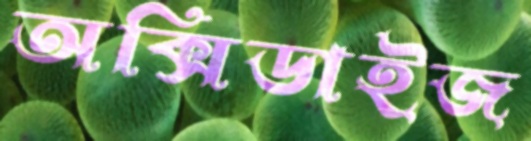
অক্সিডাইজ